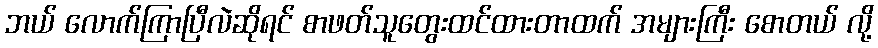
ဘယ် လောက်ကြာပြီလဲဆိုရင် စာဖတ်သူတွေးထင်ထားတာထက် အများကြီး စောတယ် လို့